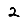
Digit: 2